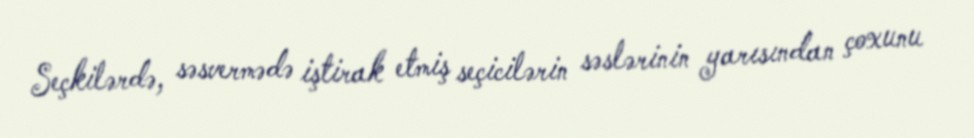
Seçkilərdə, səsvermədə iştirak etmiş seçicilərin səslərinin yarısından çoxunu